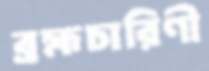
ব্রহ্মচারিণী